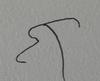
Signature authenticity: forged